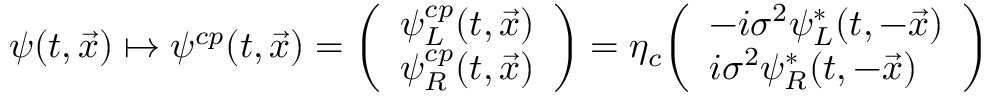
\psi ( t , { \vec { x } } ) \mapsto \psi ^ { c p } ( t , { \vec { x } } ) = { \left( \begin{array} { l } { \psi _ { L } ^ { c p } ( t , { \vec { x } } ) } \\ { \psi _ { R } ^ { c p } ( t , { \vec { x } } ) } \end{array} \right) } = \eta _ { c } { \left( \begin{array} { l } { - i \sigma ^ { 2 } \psi _ { L } ^ { * } ( t , - { \vec { x } } ) } \\ { i \sigma ^ { 2 } \psi _ { R } ^ { * } ( t , - { \vec { x } } ) } \end{array} \right) }